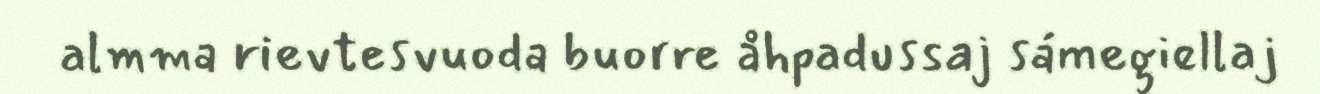
almma rievtesvuoda buorre åhpadussaj sámegiellaj